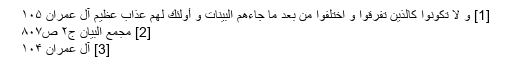
[1] وَ لا تَكُونُوا كَالَّذينَ تَفَرَّقُوا وَ اخْتَلَفُوا مِنْ بَعْدِ ما جاءَهُمُ الْبَيِّناتُ وَ أُولئِكَ لَهُمْ عَذابٌ عَظيمٌ آل عمران ۱۰۵
[2] مجمع البیان ج۲ ص۸۰۷
[3] آل عمران ۱۰۴